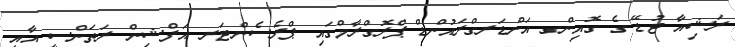
ރަޝިއާ ޓުޑޭ ގެ ގޮއިންގ އަންޑަރގްރައުންޑް ޕްރޮގްރާމްގައި ޕްރެސެންޓަރ އަފްޝިން ރަތަންސީ އާއި